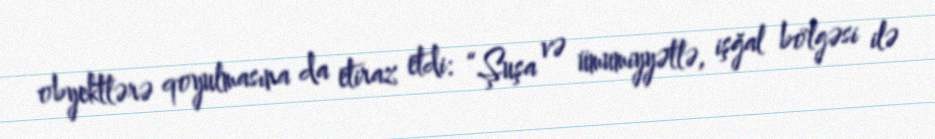
obyektlərə qoyulmasına da etiraz etdi: “Şuşa və ümumiyyətlə, işğal bölgəsi ilə